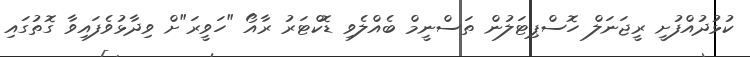
ކުޅުދުއްފުށީ ރީޖަނަލް ހޮސްޕިޓަލުން ތަސްނީމް ބެއްލެވި ޑޮކްޓަރު ރާއޯ "ހަވީރަ"ށް ވިދާޅުވެފައިވާ ގޮތުގައި